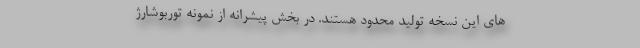
های این نسخه تولید محدود هستند. در بخش پیشرانه از نمونه توربوشارژ